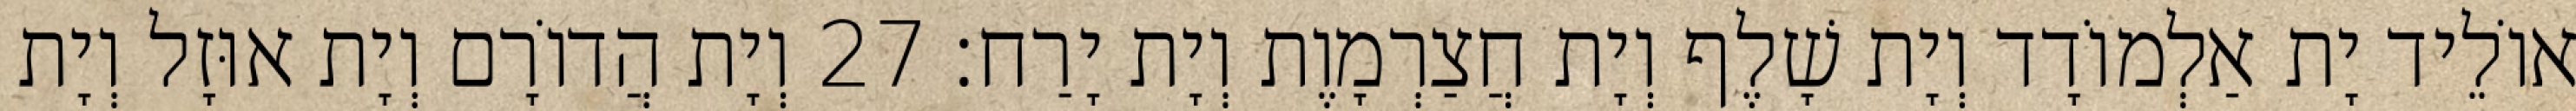
אוֹלֵיד יָת אַלְמוֹדָד וְיָת שָׁלֶף וְיָת חֲצַרְמָוֶת וְיָת יָרַח׃ 27 וְיָת הֲדוֹרָם וְיָת אוּזָל וְיָת